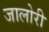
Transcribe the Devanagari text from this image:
जालोरी